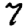
Digit: 7